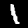
Label: 1